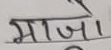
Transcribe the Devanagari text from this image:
माजा